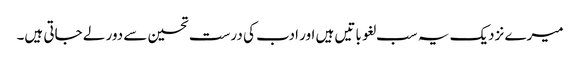
میرے نزدیک یہ سب لغو باتیں ہیں اور ادب کی درست تحسین سے دور لے جاتی ہیں۔